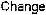
CHANGE